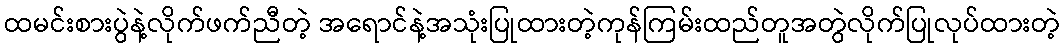
ထမင်းစားပွဲနဲ့လိုက်ဖက်ညီတဲ့ အရောင်နဲ့အသုံးပြုထားတဲ့ကုန်ကြမ်းထည်တူအတွဲလိုက်ပြုလုပ်ထားတဲ့